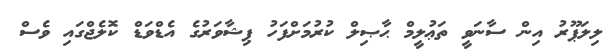
ލިލަޕޫރު އިން ސާނަވީ ތަޢުލީމް ޙާޞިލް ކުރުމަށްފަހު ޕިޝާވަރުގެ އެޑްވަޑް ކޮލެޖްގައި ވެސް